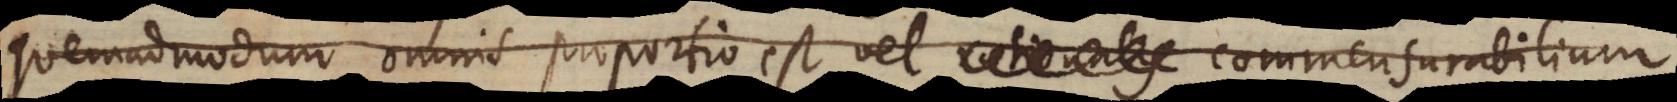
quemadmodum omnis proportio est vel rationalis commensurabili